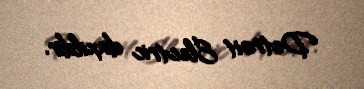
Detroit Electric daxildir.